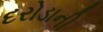
દરોડાની